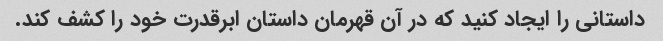
داستانی را ایجاد کنید که در آن قهرمان داستان ابرقدرت خود را کشف کند.